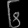
Digit: ၆